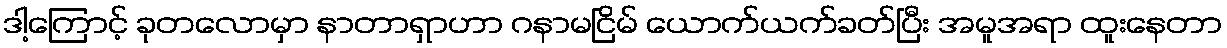
ဒါ့ကြောင့် ခုတလောမှာ နာတာရှာဟာ ဂနာမငြိမ် ယောက်ယက်ခတ်ပြီး အမူအရာ ထူးနေတာ